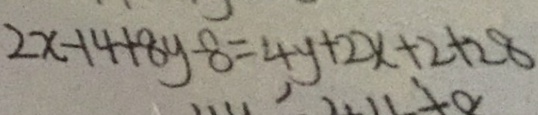
2 x - 1 4 + 8 y - 8 = 4 y + 2 x + 2 + 2 8